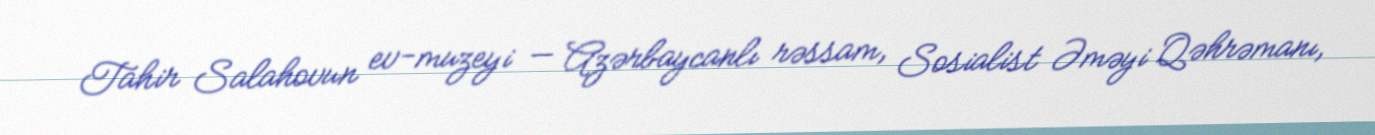
Tahir Salahovun ev-muzeyi — Azərbaycanlı rəssam, Sosialist Əməyi Qəhrəmanı,